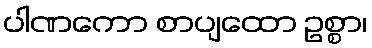
ပါဏကော စာပျထော ဥစ္စာ၊